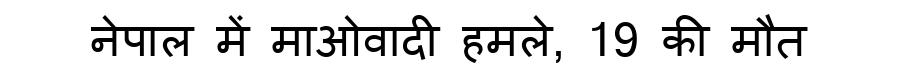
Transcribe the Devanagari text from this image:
नेपाल में माओवादी हमले, 19 की मौत